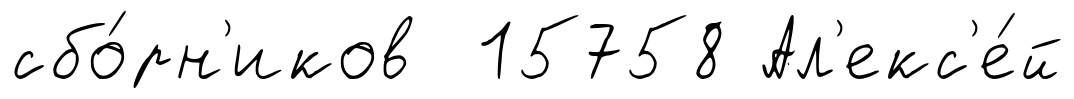
сбо́рн'иков 15758 Ал'екс'е́й